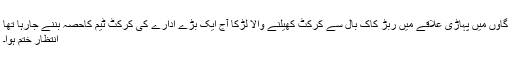
گاوں میں پہاڑی علاقے میں ربڑ کاک بال سے کرکٹ کھیلنے والا لڑکا آج ایک بڑے ادارے کی کرکٹ ٹیم کاحصہ بننے جارہا تھا
انتظار ختم ہوا۔